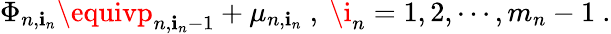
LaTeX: \Phi_{n,\mathbf{i}_{n}}\equivp_{n,\mathbf{i}_{n}-1}+\mu_{n,\mathbf{i}_{n}}\ ,\ \i_{n}=1,2,\cdots,m_{n}-1\ .